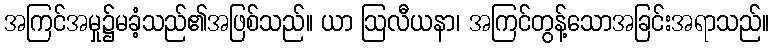
အကြင်အမှု၌မခံ့သည်၏အဖြစ်သည်။ ယာ ဩလီယနာ၊ အကြင်တွန့်သောအခြင်းအရာသည်။